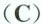
(C)